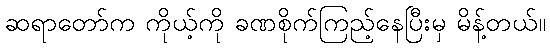
ဆရာတော်က ကိုယ့်ကို ခဏစိုက်ကြည့်နေပြီးမှ မိန့်တယ်။